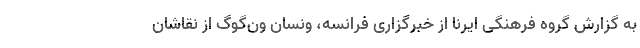
به گزارش گروه فرهنگی ایرنا از خبرگزاری فرانسه، ونسان ون‌گوگ از نقاشان